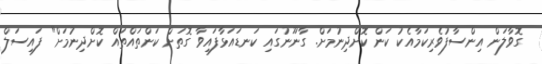
ގޮވާލަން އިންސާފުވެރިކަމާއެކު ކަން ކޮށްދިނުމަށް. ގާނޫނުގައި ކަނޑައަޅާފައިވާ ގޮތަށް ކަންތައްތައް ކޮށްދިނުމަށް" ފައިސަލް